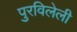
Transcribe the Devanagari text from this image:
पुरविलेली